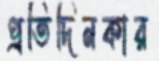
প্রতিদিনকার